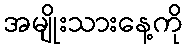
အမျိုးသားနေ့ကို